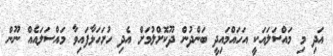
އަދި މި މައްސަލައަކީ އަހައްމައިދީ ބަންދުން ދޫކޮށްލުމަށް އެދި ހުށަހަޅާފައިވާ މައްސަލައެއް ނޫން